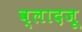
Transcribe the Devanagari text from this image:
व्लादजू